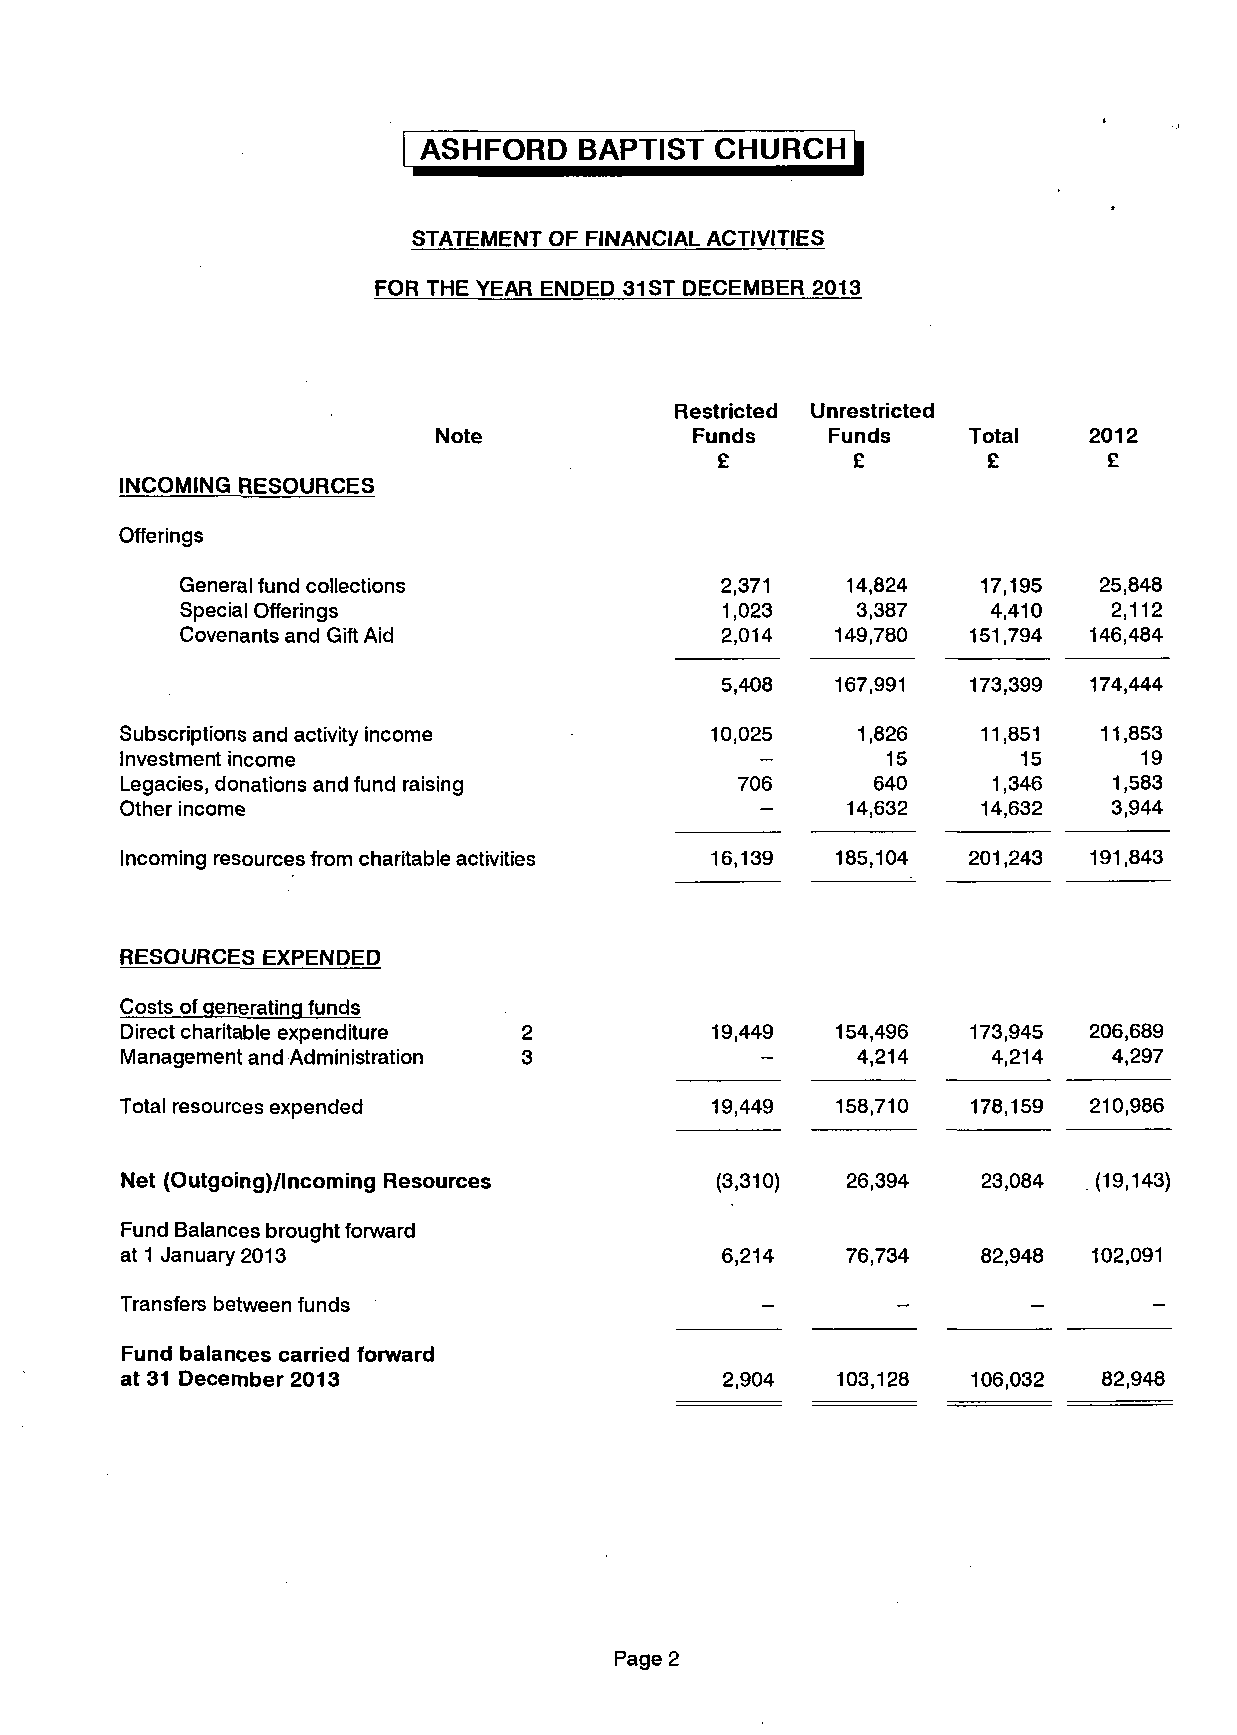
ASHFORD   BAPTIST  CHURCH    j
 STATEMENT OF FINANCIAL ACTIVITIES
 FOR THE YEAR ENDED 31 ST DECEMBER 2013
 Restricted Unrestricted
 Note             Funds    Funds    Total   2012
 £       £        £       £
 INCOMING RESOURCES
 Offerings
 General fund collections            2,371   14,824   17,195  25,848
 Special Offerings                   1,023    3,387    4,410   2,112
 Covenants and Gift Aid              2,014  149,780  151,794 146,484
 5,408  167,991  173,399 174,444
 Subscriptions and activity income      10,025    1,826   11,851  11,853
 Investment income                                  15       15      19
 Legacies, donations and fund raising     706      640     1,346   1,583
 Other income                                    14,632   14,632   3,944
 Incoming resources from charitable activities 16,139 185,104 201,243 191,843
 RESOURCES EXPENDED
 Costs of qeneratina funds
 Direct charitable expenditure 2        19,449  154,496  173,945 206,689
 Management and Administration 3                  4,214    4,214   4,297
 Total resources expended               19,449  158,710  178,159 210,986
 Net (Outgoing)/lncoming Resources      (3,310)  26,394   23,084 . (19,143)
 Fund Balances brought forward
 at 1 January 2013                       6,214   76,734   82,948 102,091
 Transfers between funds                   -        -        -       -
 Fund balances carried forward
 at 31 December 2013                     2,904  103,128  106,032  82,948
 Page 2